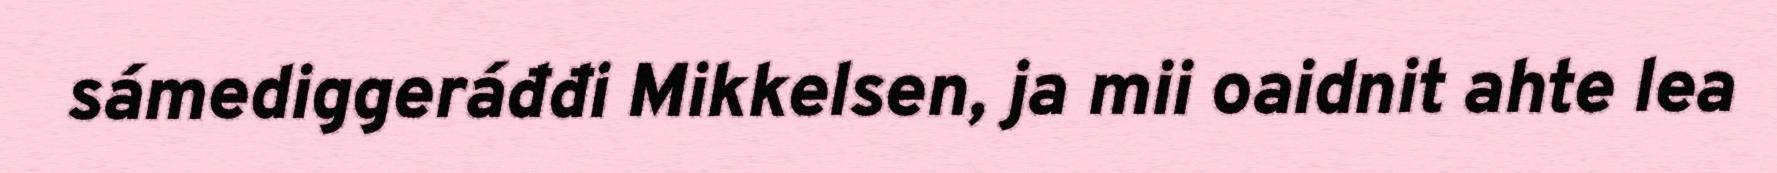
sámediggeráđđi Mikkelsen, ja mii oaidnit ahte lea